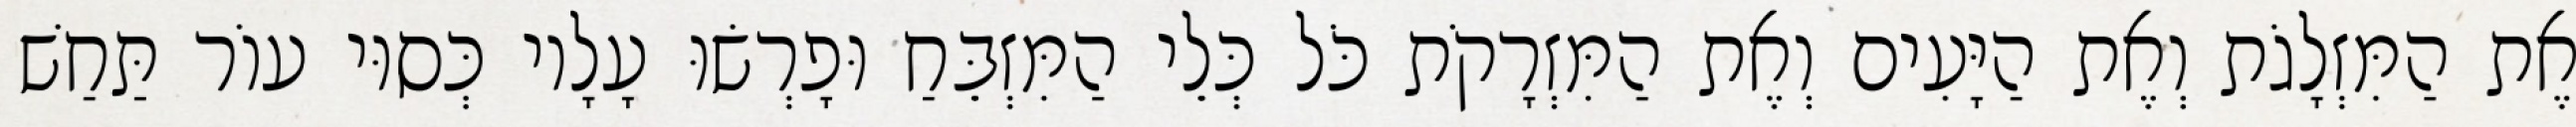
אֶת הַמִּזְלָגֹת וְאֶת הַיָּעִים וְאֶת הַמִּזְרָקֹת כֹּל כְּלֵי הַמִּזְבֵּחַ וּפָרְשׂוּ עָלָיו כְּסוּי עוֹר תַּחַשׁ